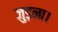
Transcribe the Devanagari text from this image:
जुड़ना।